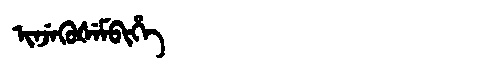
Manchu: ᡳᠨᠵᡝᡴᡠᡧᡝᠮᠪᡳᡥᡝ
Romanization: INJEKUŠEMBIHE